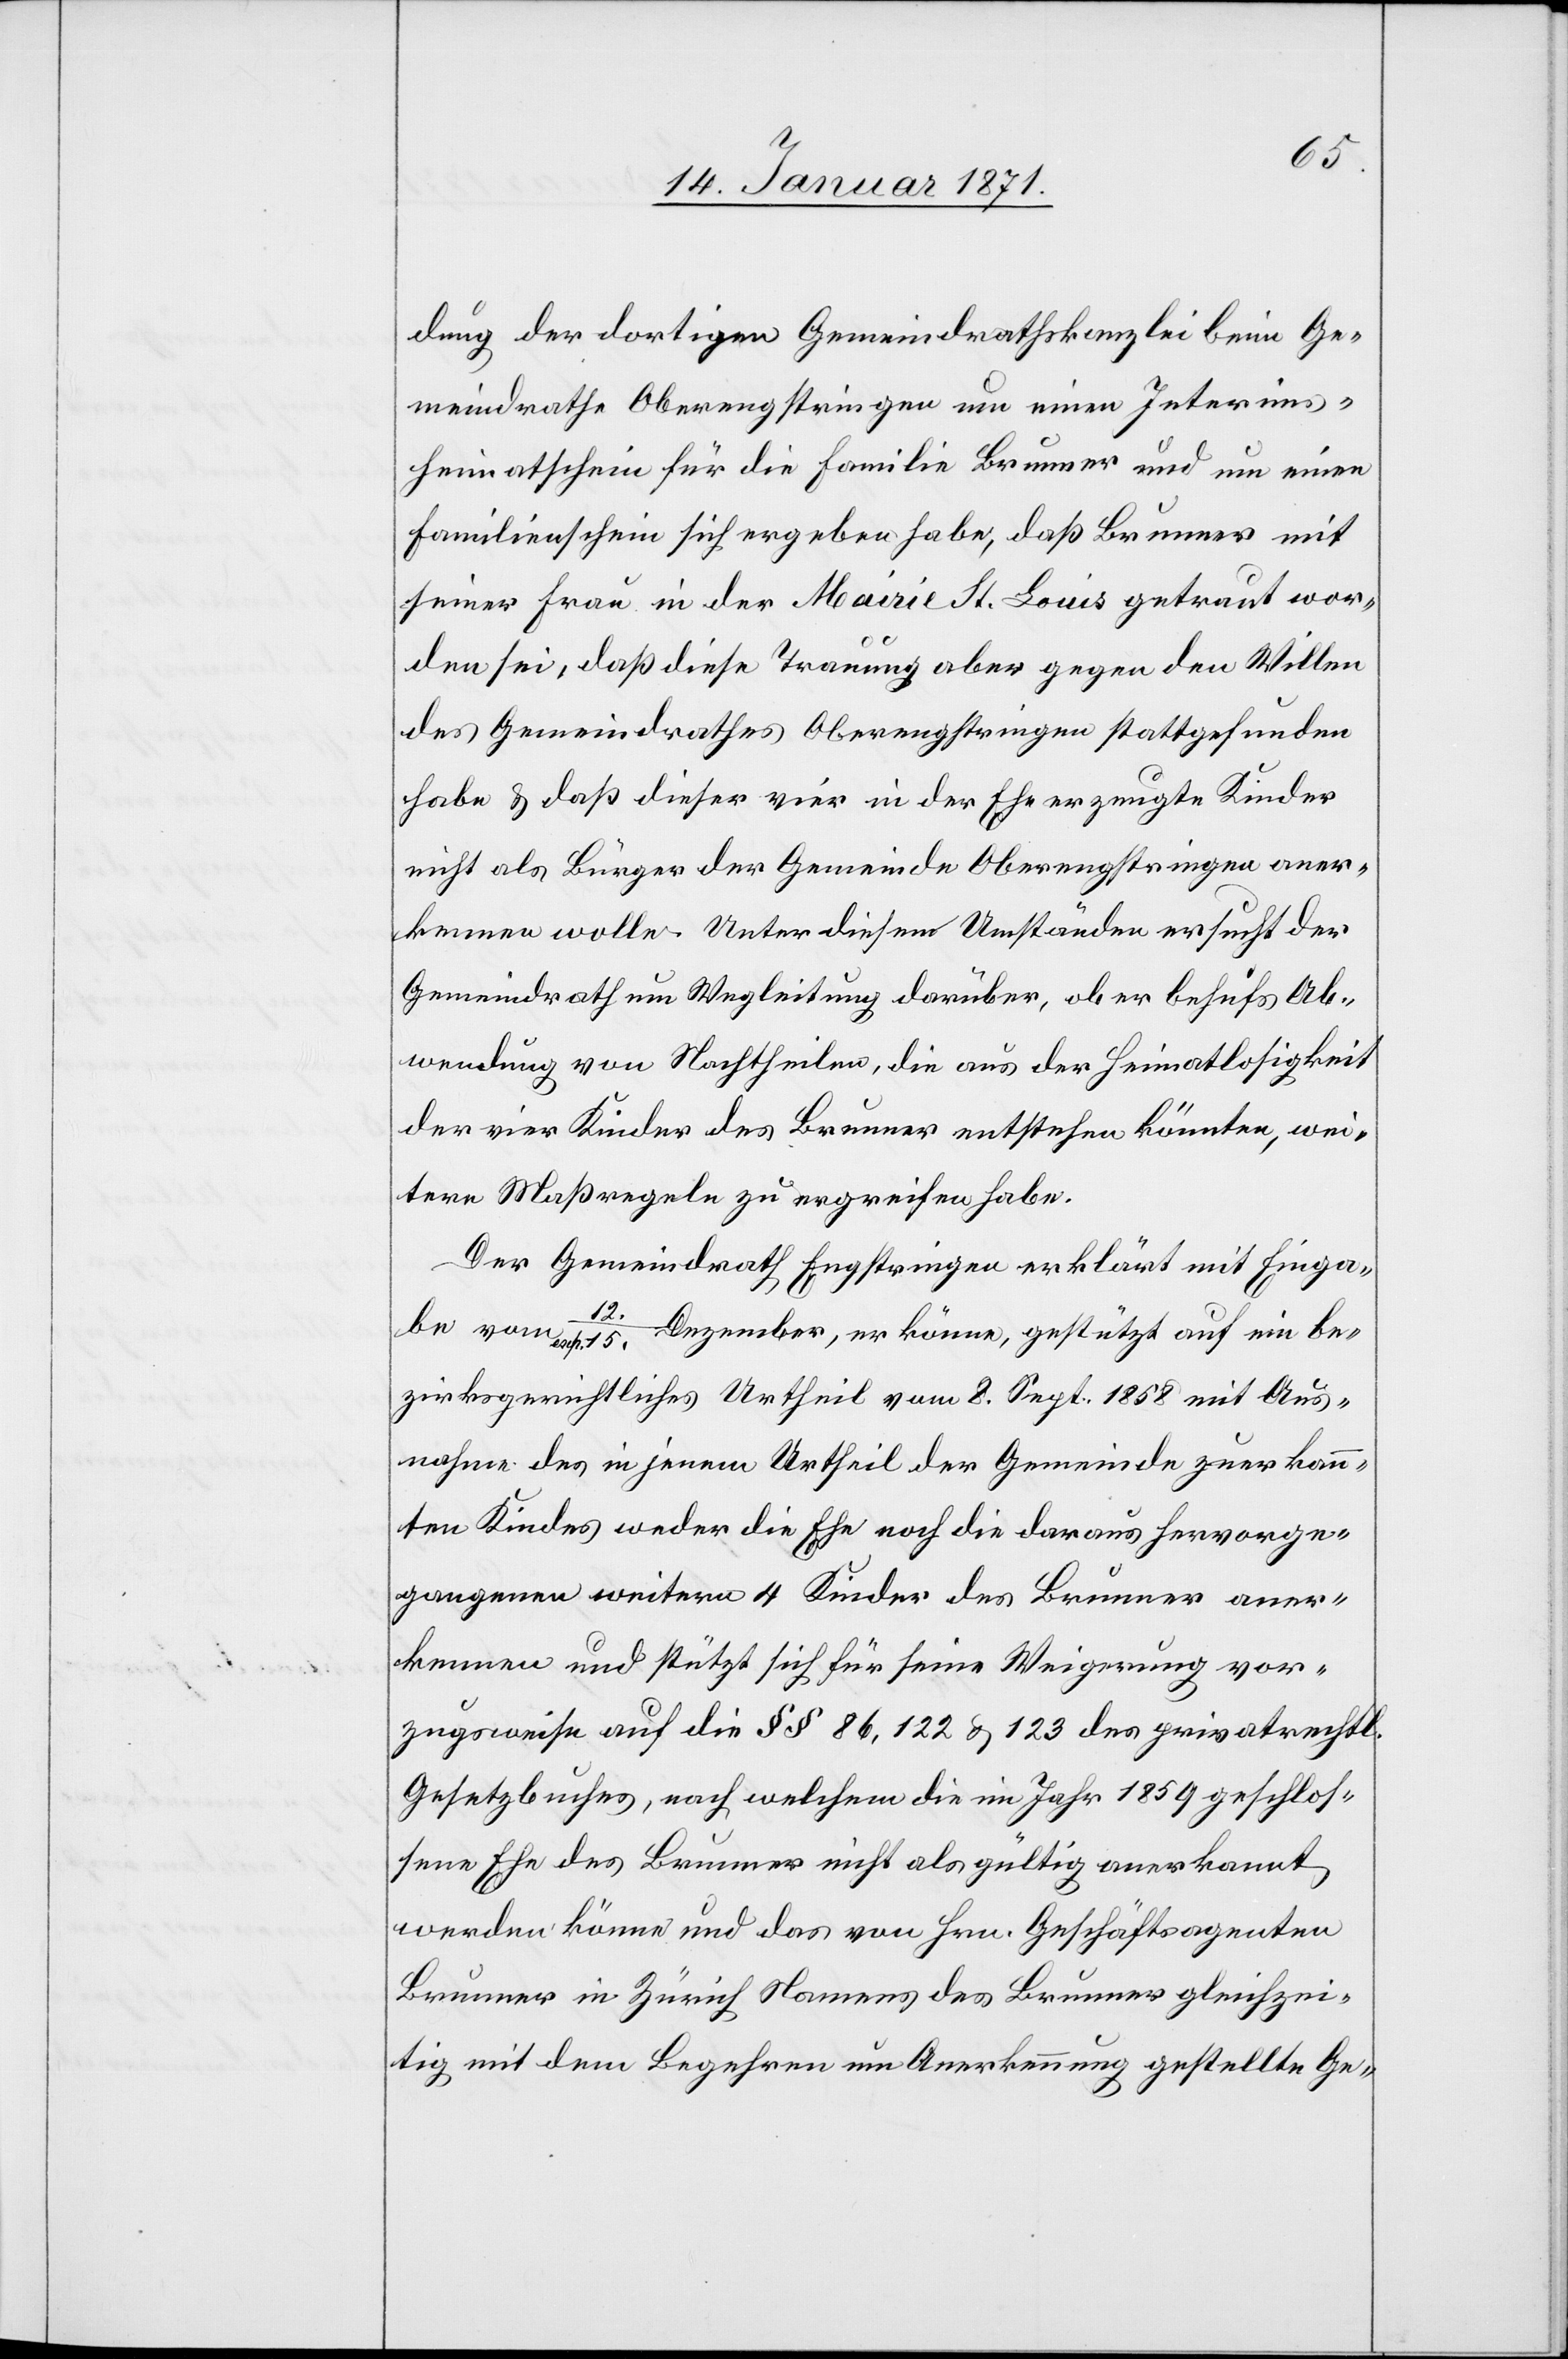
dung der dortigen Gemeindrathskanzlei beim Ge¬
meindrathe Oberengstringen um einen Interims¬
heimatschein für die Familie Brunner und um einen
Familienschein sich ergeben habe, daß Brunner mit
seiner Frau in der Mairie St. Louis getraut wor¬
den sei, daß diese Trauung aber gegen den Willen
des Gemeindrathes Oberengstringen stattgefunden
habe u. daß dieser vier in der Ehe erzeugte Kinder
nicht als Bürger der Gemeinde Oberengstringen aner¬
kennen wolle. Unter diesen Umständen ersucht der
Gemeindrath um Wegleitung darüber, ob er behufs Ab¬
wendung von Nachtheilen, die aus der Heimatlosigkeit
der vier Kinder des Brunner entstehen könnten, wei¬
tere Maßregeln zu ergreifen habe.
Der Gemeindrath Engstringen erklärt mit Einga¬
be vom 12. / resp. 15. Dezember, er könne, gestützt auf ein be¬
zirksgerichtliches Urtheil vom 8. Sept. 1858 mit Aus¬
nahme des in jenem Urtheil der Gemeinde zuerkann¬
ten Kindes weder die Ehe noch die daraus hervorge¬
gangenen weitern 4 Kinder des Brunner aner¬
kennen und stützt sich für seine Weigerung vor¬
zugsweise auf die §§ 86, 122 u. 123 des privatrechtl.
Gesetzbuches, nach welchem die im Jahre 1859 geschlos¬
sene Ehe des Brunner nicht als gültig anerkannt
werden könne und das von Hrn. Geschäftsagenten
Brunner in Zürich Namens des Brunner gleichzei¬
tig mit dem Begehren um Anerkennung gestellte Ge-